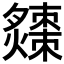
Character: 𤒗